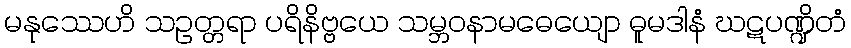
မနုဿေဟိ သဥတ္တရာ ပရိနိဗ္ဗယေ သမ္ဘဝနာမဓေယျော ဓူမဒါနံ ဃဋပဏ္ဍိတံ